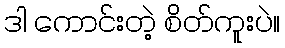
ဒါ ကောင်းတဲ့ စိတ်ကူးပဲ။